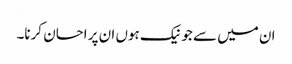
ان میں سے جو نیک ہوں ان پر احسان کرنا۔